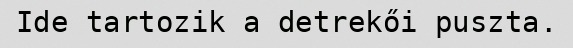
Ide tartozik a detrekői puszta.